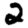
Digit: 2